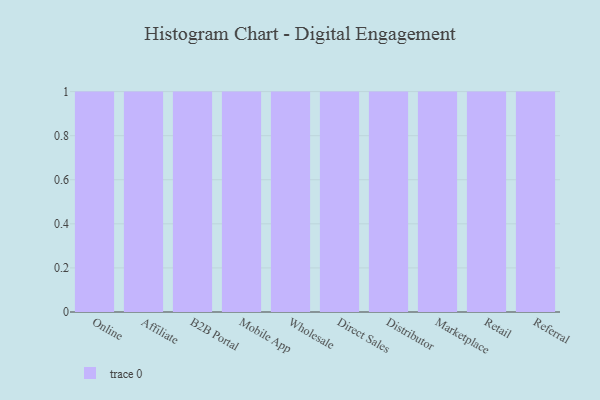
{"axis": {"x": "Channel", "y": "Churn Rate (%)"}, "legend": [""], "data": [{"x": "Online", "y": 74, "type": ""}, {"x": "Affiliate", "y": 75, "type": ""}, {"x": "B2B Portal", "y": 64, "type": ""}, {"x": "Mobile App", "y": 89, "type": ""}, {"x": "Wholesale", "y": 46, "type": ""}, {"x": "Direct Sales", "y": 4, "type": ""}, {"x": "Distributor", "y": 55, "type": ""}, {"x": "Marketplace", "y": 57, "type": ""}, {"x": "Retail", "y": 80, "type": ""}, {"x": "Referral", "y": 71, "type": ""}]}